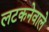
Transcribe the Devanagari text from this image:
लटकनेवाले